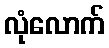
လုံလောက်